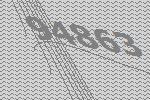
94863